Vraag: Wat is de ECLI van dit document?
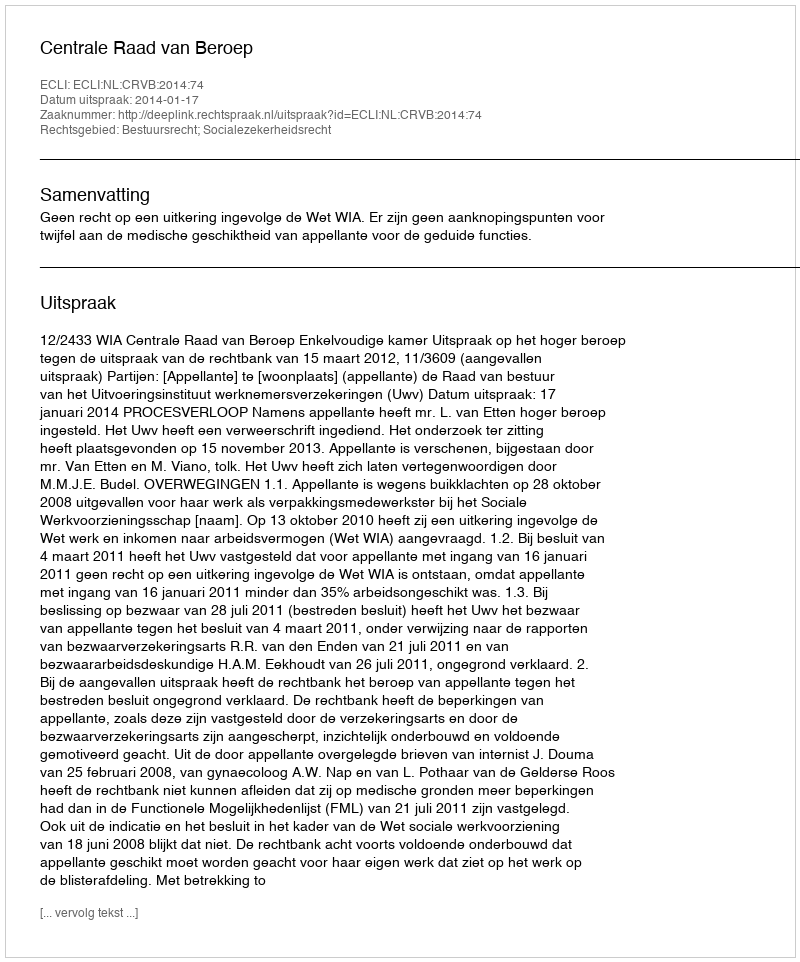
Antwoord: ECLI:NL:CRVB:2014:74